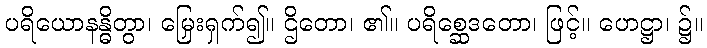
ပရိယောနန္ဓိတွာ၊ မြှေးရှက်၍။ ဌိတော၊ ၏။ ပရိစ္ဆေဒတော၊ ဖြင့်။ ဟေဋ္ဌာ၊ ၌။